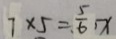
7 \times 5 = \frac { 5 } { 6 } \cdot x